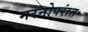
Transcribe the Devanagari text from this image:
मरनोपरांत